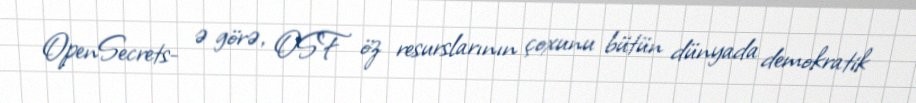
OpenSecrets- ə görə, OSF öz resurslarının çoxunu bütün dünyada demokratik